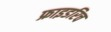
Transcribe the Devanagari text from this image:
फ्राइडरिच